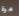
مرة